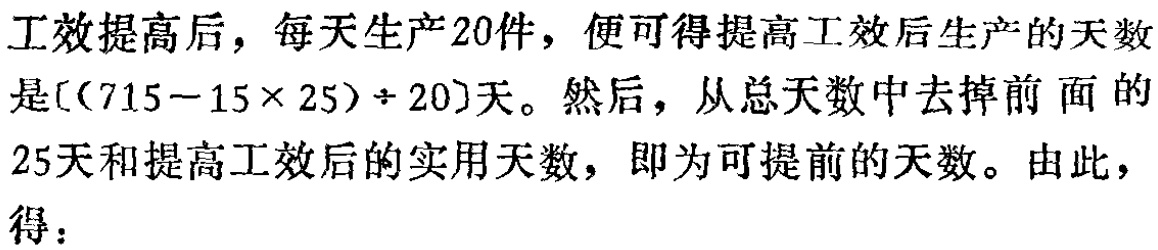
工效提高后，每天生产20件，便可得提高工效后生产的天数是\([(715 - 15\times25)\div20]\)天。然后，从总天数中去掉前面的25天和提高工效后的实用天数，即为可提前的天数。由此，得：